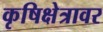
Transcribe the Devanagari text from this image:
कृषिक्षेत्रावर